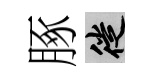
䐁徙